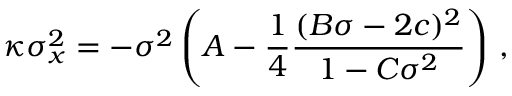
\kappa \sigma _ { x } ^ { 2 } = - \sigma ^ { 2 } \left( A - \frac 1 4 { \frac { ( B \sigma - 2 c ) ^ { 2 } } { 1 - C \sigma ^ { 2 } } } \right) \, ,